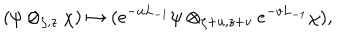
( \psi \otimes _ { \zeta , z } \chi ) \mapsto ( e ^ { - u L _ { - 1 } } \psi \otimes _ { \zeta + u , z + v } e ^ { - v L _ { - 1 } } \chi ) ,